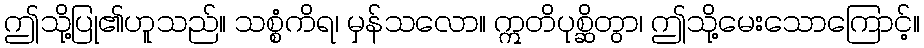
ဤသို့ပြု၏ဟူသည်။ သစ္စံကိရ၊ မှန်သလော။ ဣတိပုစ္ဆိတွာ၊ ဤသို့မေးသောကြောင့်။